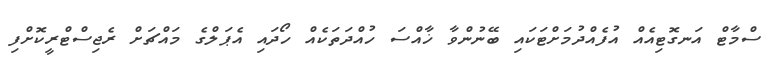
ސްމާޓް އަނގޮޓިއެއް އުފެއްދުމަށްޓަކައި ބޭނުންވާ ޚާއްސަ ހުއްދަތަކެއް ހޯދައި އެޕަލްގެ މައްޗަށް ރެޖިސްޓްރީކޮށްފި